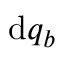
\mathrm { d } q _ { b }